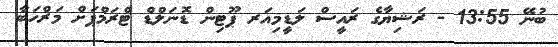
ބުނޭ 13:55 - ރަޝިޔާގެ ރައީސް ލަޑީމިއަރ ޕޫޓިން ޑޮނަލްޑް ޓްރަމްޕަށް މަރްހަބާ